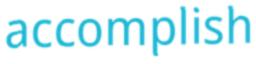
accomplish